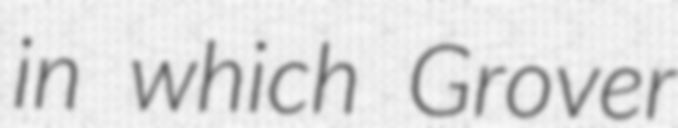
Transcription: in which Grover